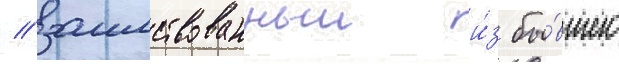
/ заимствованныи и́з бы́вшего